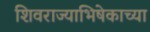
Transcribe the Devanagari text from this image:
शिवराज्याभिषेकाच्या